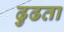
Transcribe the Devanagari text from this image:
ढुढता